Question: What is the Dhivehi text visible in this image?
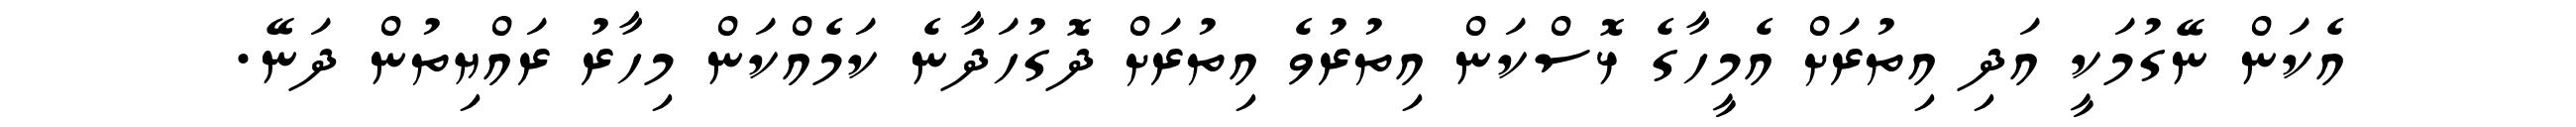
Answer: އެކަން ނޭގުމަކީ އަދި އިތުރަށް އެމީހާގެ ޅޮސްކަން އިތުރުވެ އިތުރަށް ދޮގުހަދާނެ ކަމެއްކަން މިހާރު ރައްޔިތުން ދަނޭ.